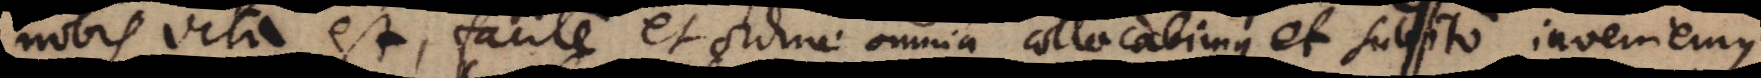
nobis vita est, facile et ordine omnia collocabimus, et subito inveniemus